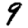
Digit: 9